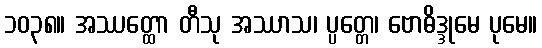
၁၀၃၈။ အဿတ္ထော တီသု အဿာသ၊ ပ္ပတ္တေ၊ ဗောဓိဒ္ဒုမေ ပုမေ။